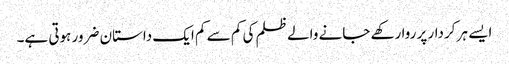
ایسے ہر کردار پر روا رکھے جانے والے ظلم کی کم سے کم ایک داستان ضرور ہوتی ہے۔